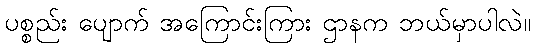
ပစ္စည်း ပျောက် အကြောင်းကြား ဌာနက ဘယ်မှာပါလဲ။